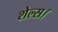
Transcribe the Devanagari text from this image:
शेल्स।